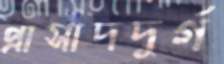
প্রাসাদদুর্গ